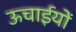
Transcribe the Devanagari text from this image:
ऊचाईयों